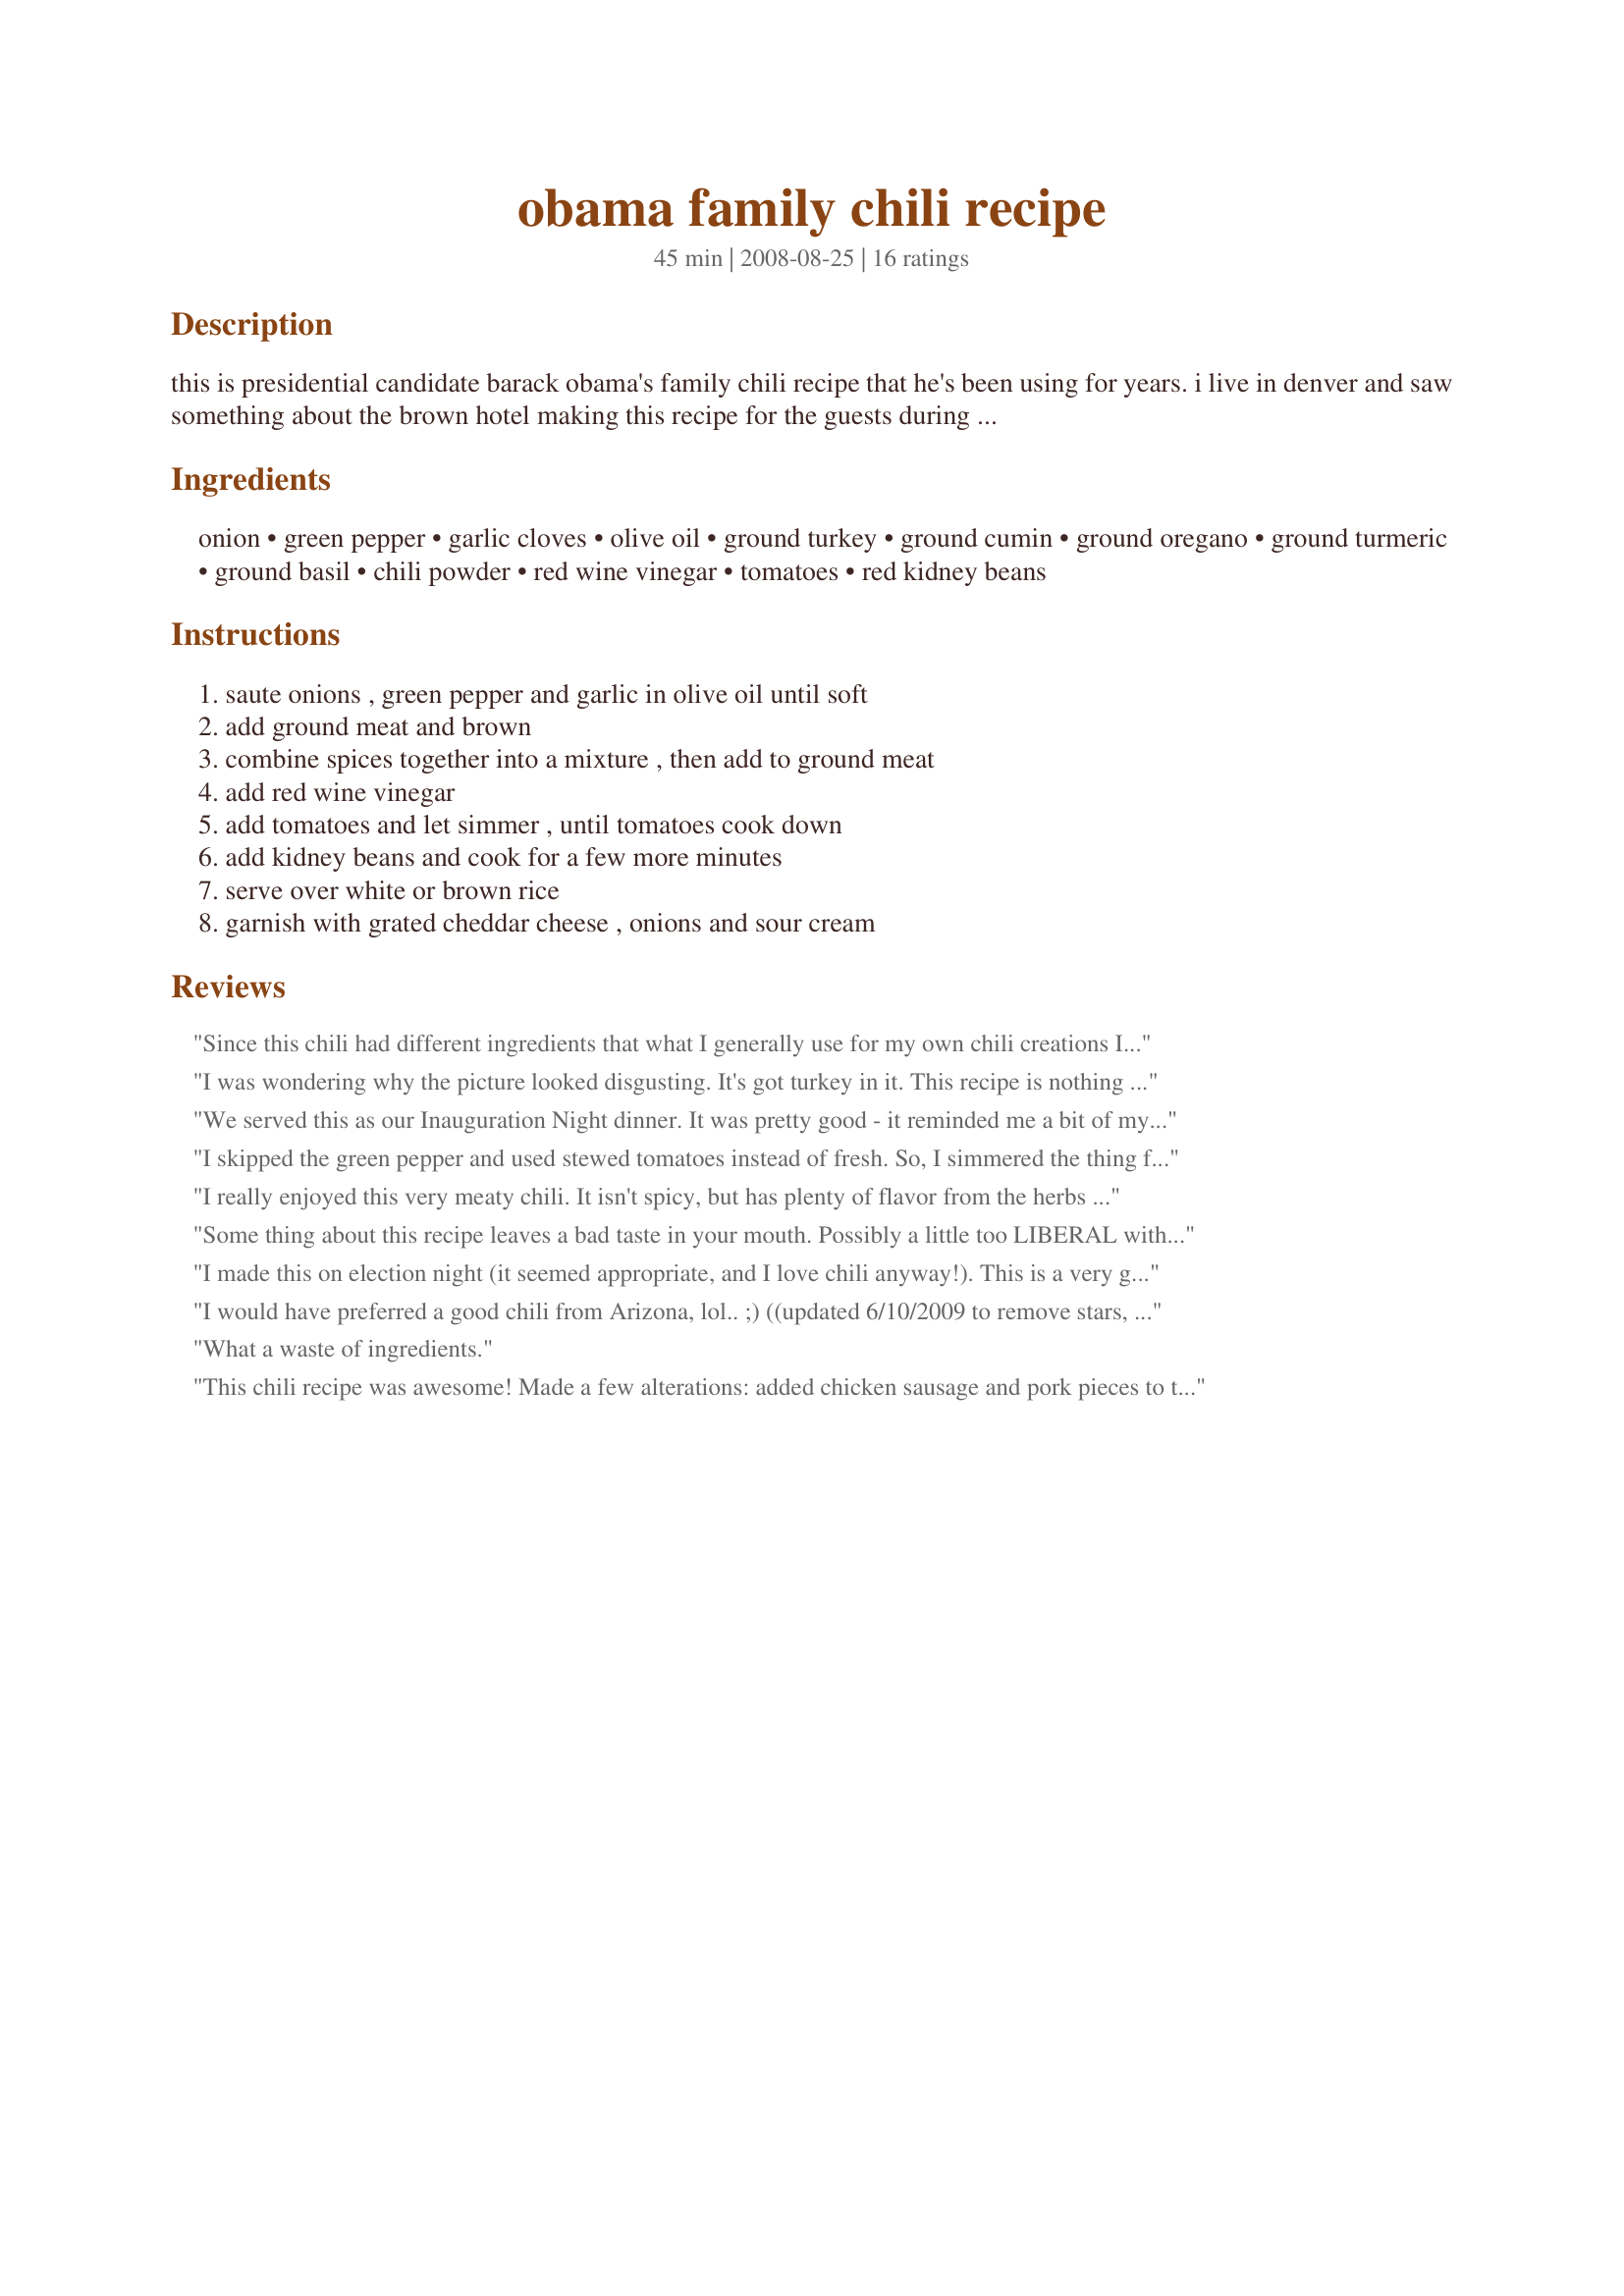
obama family chili recipe
Preparation time: 45 minutes

this is presidential candidate barack obama's family chili recipe that he's been using for years. i live in denver and saw something about the brown hotel making this recipe for the guests during the 2008 democrat national convention.

Ingredients:
onion, green pepper, garlic cloves, olive oil, ground turkey, ground cumin, ground oregano, ground turmeric, ground basil, chili powder, red wine vinegar, tomatoes, red kidney beans

Steps:
saute onions , green pepper and garlic in olive oil until soft, add ground meat and brown, combine spices together into a mixture , then add to ground meat, add red wine vinegar, add tomatoes and let simmer , until tomatoes cook down, add kidney beans and cook for a few more minutes, serve over white or brown rice, garnish with grated cheddar cheese , onions and sour cream

Reviews:
Since this chili had different ingredients that what I generally use for my own chili creations I wanted to try it. It was nothing too spectacular so I ended up adding ingredients to the end product to make it more palatable. I felt the fresh tomatoes didn't really add much broth to the chili so I ended up adding 1/2 of a large can of tomato sauce. I also added 3 jalapenos, garlic salt, chili con carne seasoning, ancho chili, crushed red peppers and cumin. I am not a fan of turmeric but added it initially. Still not a fan of it (lol).
I was wondering why the picture looked disgusting. It's got turkey in it. This recipe is nothing special and has no ingredients in it to make it unique or spicy even. It's as bland as can be. Not even a pinch of salt.
We served this as our Inauguration Night dinner. It was pretty good - it reminded me a bit of my mom's chili. Not spicy at all, so my 7 year old loved it. I used 2 cans of diced tomatoes and a small can of tomato paste instead of the tomatoes. Served over rice with shredded cheddar.
I skipped the green pepper and used stewed tomatoes instead of fresh. So, I simmered the thing for ~40 minutes or so. It was awesome!
I really enjoyed this very meaty chili. It isn't spicy, but has plenty of flavor from the herbs & spices that are added. Salt & Pepper isn't mentioned, I added both to taste. For the tomatoes, I just added a handful of cherry tomatoes and about 4-5 small vine tomatoes I had in the house, crushed. I liked that this wasn't too tomato-ey.
Some thing about this recipe leaves a bad taste in your mouth. Possibly a little too LIBERAL with the turmeric.
I made this on election night (it seemed appropriate, and I love chili anyway!). This is a very good chili... different from what I'm used to, but still very good. I did make a few changes based on what I had available... canned tomotes instead of fresh, and white beans instead of kidney, and more garlic just because we love garlic. My fiance loved the flavor and wants this to be one of our regular chili recipes now! I wasn't as big a fan as he was, but I still enjoyed it very much. We agreed that it would probably be even better with beef (we used turkey).
I would have preferred a good chili from Arizona, lol.. ;)

((updated 6/10/2009 to remove stars, so as not to skew rating))
What a waste of ingredients.
This chili recipe was awesome! Made a few alterations: added chicken sausage and pork pieces to the mix. When served, garnished with scallions and onions along with the shredded cheese. DELICIOUS!
Obama fan... but this is about as bland a Chile recipe as one will find. Unimaginative and boring. Glad I didn&#039;t make it, just ate it. Definitely wouldn&#039;t make it now. Needs a whole lot of tweaking is all I&#039;m gonna say. Use your imaginations. Or better yet, a different recipe.
Made a few changes, I lessened the vinegar to 2 T, added 1 can of diced tomatoes, drained the red kidney beans and added some salt and pepper to taste. I simmered it for 45 minutes and served it over white rice. It was delicious and very simple to make. Thanks for the recipe!
Wow! What a great bowl of spicy and innovative chili! This is JUST the CHANGE our family needed to wake us up and excite our palates. After years of the same tired old chili, we were looking for something new and this was fit the bill perfectly. Thanks SO much for posting!
Unlike others, I was a lot more liberal with spices - who wants a conservative chili? I want a big taste!
I used pork and beef and tripled the amount of spices. I always use canned italian toms in a cooked sauce.
A real winner with salt and a lot of fresh ground black pepper.
Pretty terrific!!
I had to try this when I saw it was an Obama family recipe. It was very tasty - the only change I made was to use soy crumbles (vegetarian) and reduced the vinegar just because that seemed like a lot. It was great!

Obama 08!
Loved it! Simple and yummy dinner to celebrate President Obama's Inauguration. I used two cans of diced tomatoes, ground turkey, lots of garlic powder, & extra spices to taste (esp cumin). Let it simmer for a bit so the flavors melded together. Served with grated cheese, diced red onions, and crushed tortilla chips in place of rice. Yum!
